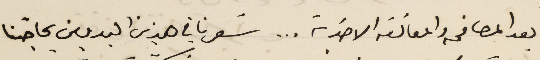
بعد المصافحه والمعانقه الاخوية . . . شعرنا في هذين اليومين بحاجتنا